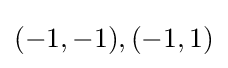
(-1,-1),(-1,1)